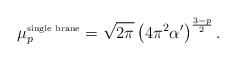
LaTeX: \begin{align*}\mu_p ^{\mbox{\tiny single brane}} = \sqrt{2\pi} \left( 4\pi^2 \alpha^\prime\right)^{\frac{3-p}{2}} .\end{align*}